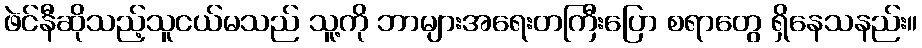
ဖဲင်နီဆိုသည့်သူငယ်မသည် သူ့ကို ဘာများအရေးတကြီးပြော စရာတွေ ရှိနေသနည်း။